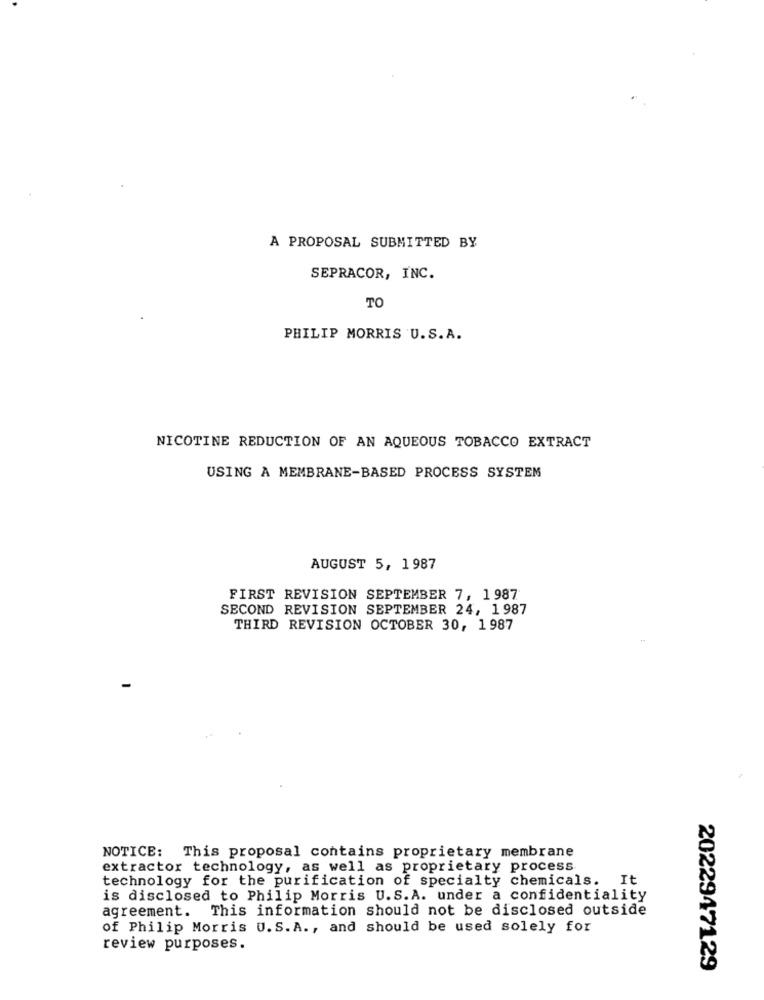
A PROPOSAL SUBMITTED BY
SEPRACOR, INC.
TO
PHILIP MORRIS U.S.A.
NICOTINE REDUCTION OF AN AQUEOUS TOBACCO EXTRACT
USING À MEMBRANE-BASED PROCESS SYSTEM
AUGUST 5, 1987
FIRST REVISION SEPTEMBER 7, 1 987
SECOND REVISION SEPTEMBER 24, 1987
THIRD REVISION OCTOBER 30, 1987
NOTICE: This proposal contains proprietary membrane
extractor technology, as well as proprietary process
technology for the purification of specialty chemicals. It
is disclosed to Philip Morris U.S.A. under a confidentiality
agreement. This information should not be disclosed outside
of Philip Morris U.S. A ., and should be used solely for
review purposes.
2022947129